Vaccination report Assam 1896-1927 - 1896-1927
Year: 1896
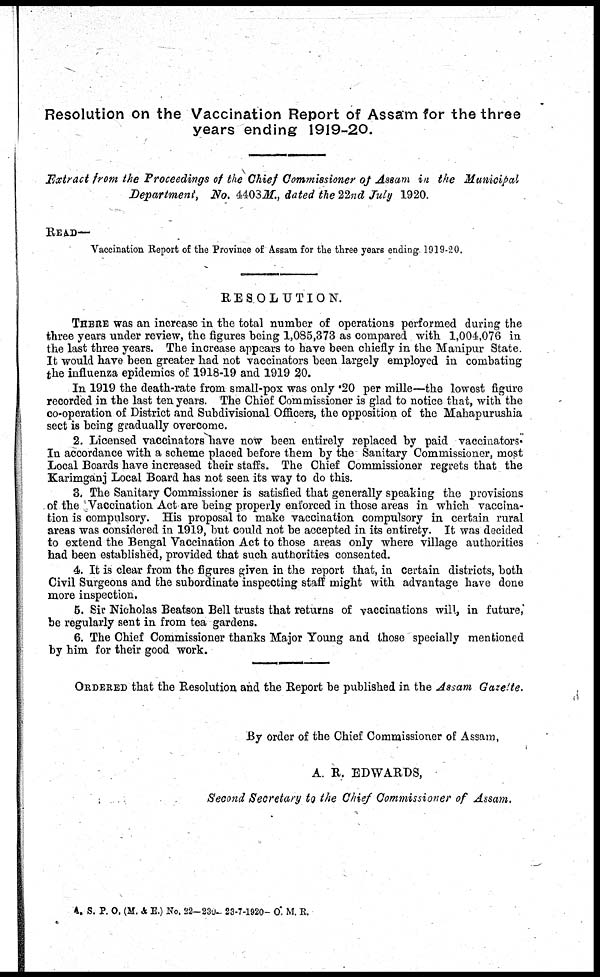
Resolution on the Vaccination Report of Assam for the three
years ending 1919-20.
Extract from the Proceedings of the Chief Commissioner of Assam in the Municipal
Department, No. 4403M., dated the 22nd July 1920.
READ—
Vaccination Report of the Province of Assam for the three years ending. 1919-20.
RESOLUTION.
THERE was an increase in the total number of operations performed during the
three years under review, the figures being 1,085,373 as compared with 1,004,076 in
the last three years. The increase appears to have been chiefly in the Manipur State.
It would have been greater had not vaccinators been largely employed in combating
the influenza epidemics of 1918-19 and 1919 20.
In 1919 the death-rate from small-pox was only .20 per mille—the lowest figure
recorded in the last ten years. The Chief Commissioner is glad to notice that, with the
co-operation of District and Subdivisional Officers, the opposition of the Mahapurushia
sect is being gradually overcome.
2. Licensed vaccinators have now been entirely replaced by paid vaccinators.
In accordance with a scheme placed before them by the Sanitary Commissioner, most
Local Boards have increased their staffs. The Chief Commissioner regrets that the
Karimganj Local Board has not seen its way to do this.
3. The Sanitary Commissioner is satisfied that generally speaking the provisions
of the Vaccination Act are being properly enforced in those areas in which vaccina-
tion is compulsory. His proposal to make vaccination compulsory in certain rural
areas was considered in 1919, but could not be accepted in its entirety. It was decided
to extend the Bengal Vaccination Act to those areas only where village authorities
had been established, provided that such authorities consented.
4. It is clear from the figures given in the report that, in certain districts, both
Civil Surgeons and the subordinate inspecting staff might with advantage have done
more inspection.
5. Sir Nicholas Beatson Bell trusts that returns of vaccinations will, in future,
be regularly sent in from tea gardens.
6. The Chief Commissioner thanks Major Young and those specially mentioned
by him for their good work.
ORDERED that the Resolution and the Report be published in the Assam Gazette.
By order of the Chief Commissioner of Assam,
A. R. EDWARDS,
Second Secretary to the Chief Commissioner of Assam.
A. S. P. O. (M. & E.) No. 22-230- 23-7-1920- O. M. R.